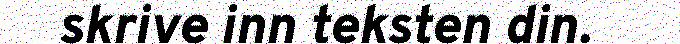
skrive inn teksten din.